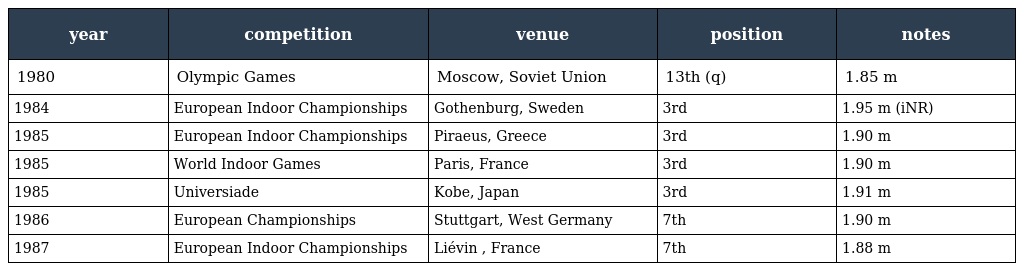
| year | competition | venue | position | notes |
 | --- | --- | --- | --- | --- |
 | 1980 | Olympic Games | Moscow, Soviet Union | 13th (q) | 1.85 m |
 | 1984 | European Indoor Championships | Gothenburg, Sweden | 3rd | 1.95 m (iNR) |
 | 1985 | European Indoor Championships | Piraeus, Greece | 3rd | 1.90 m |
 | 1985 | World Indoor Games | Paris, France | 3rd | 1.90 m |
 | 1985 | Universiade | Kobe, Japan | 3rd | 1.91 m |
 | 1986 | European Championships | Stuttgart, West Germany | 7th | 1.90 m |
 | 1987 | European Indoor Championships | Liévin , France | 7th | 1.88 m |